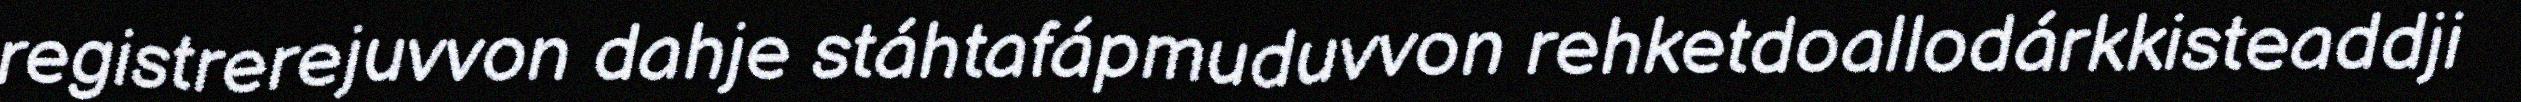
registrerejuvvon dahje stáhtafápmuduvvon rehketdoallodárkkisteaddji